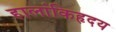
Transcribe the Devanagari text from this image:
हालांकिहृदय